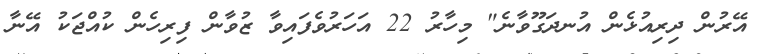
އޭރުން ދިރިއުޅެން އުނދަގޫވާނެ" މިހާރު 22 އަހަރުވެފައިވާ ޒުވާން ފިރިހެން ކުއްޖަކު އޭނާ